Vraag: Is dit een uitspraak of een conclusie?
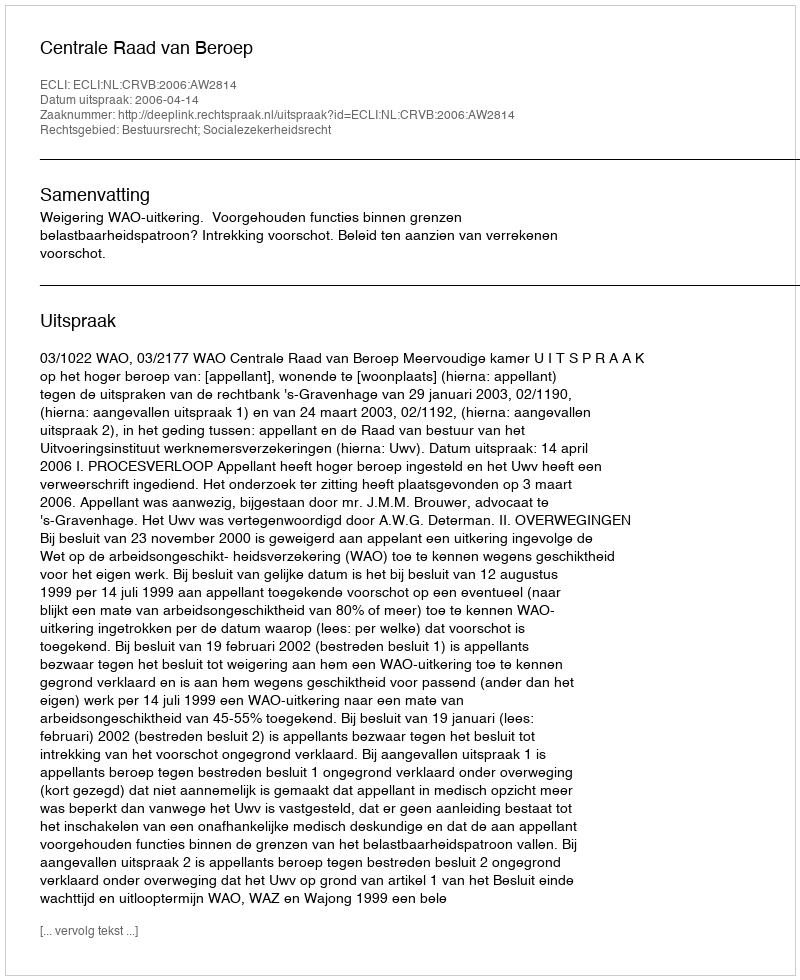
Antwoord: Uitspraak